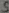
Text: S